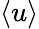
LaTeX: \left\langle u\right\rangle